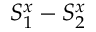
S _ { 1 } ^ { x } - S _ { 2 } ^ { x }